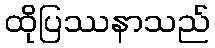
ထိုပြဿနာသည်